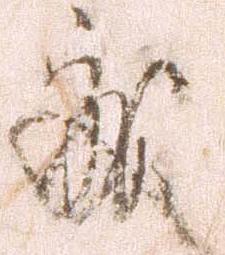
処